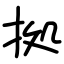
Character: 拠